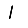
Digit: 1